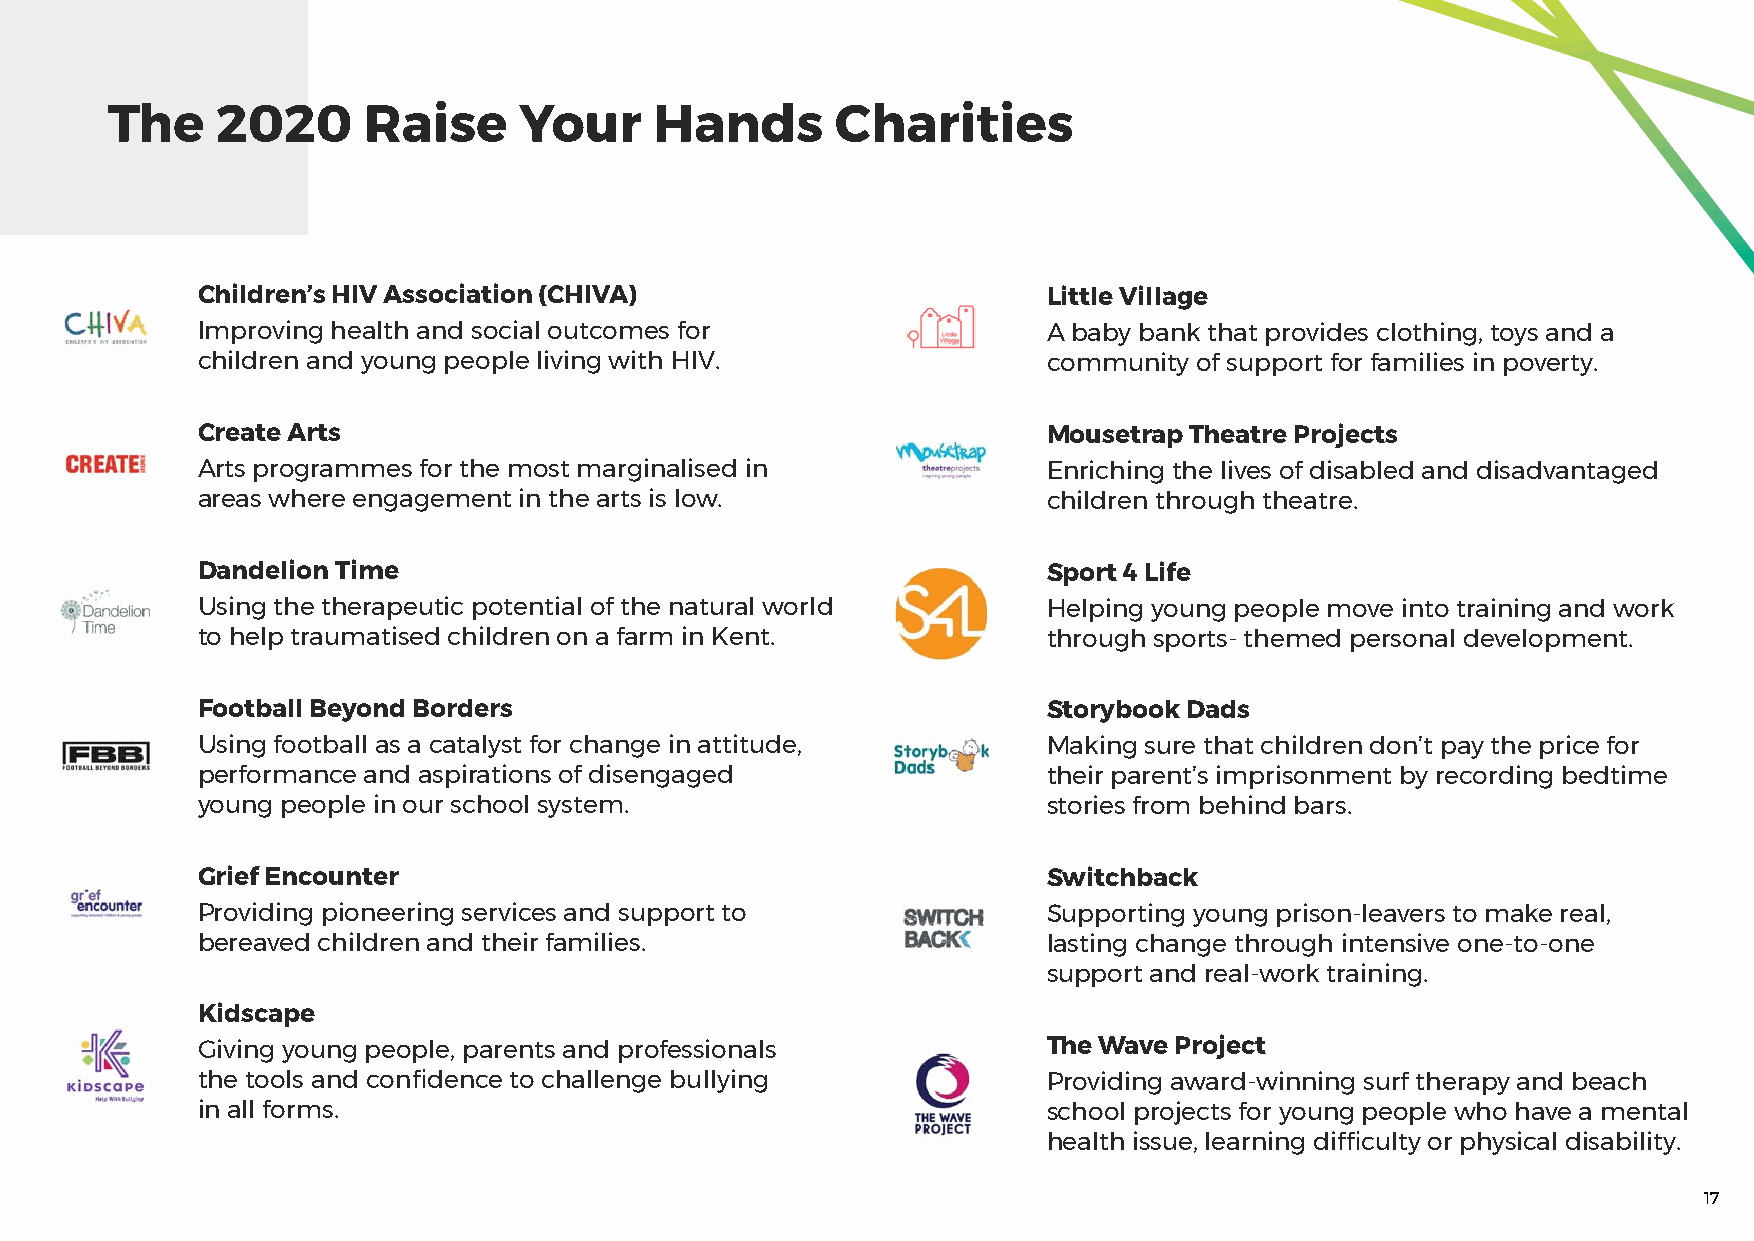
The    2020      Raise     Your     Hands       Charities
 Children’s HIV Association (CHIVA)                      Little Village
 Improving health and social outcomes for                A baby bank that provides clothing, toys and a
 children and young people living with HIV.              community of support for families in poverty.
 Create Arts                                             Mousetrap Theatre Projects
 Arts programmes for the most marginalised in            Enriching the lives of disabled and disadvantaged
 areas where engagement in the arts is low.              children through theatre.
 Dandelion Time                                          Sport 4 Life
 Using the therapeutic potential of the natural world    Helping young people move into training and work
 to help traumatised children on a farm in Kent.         through sports- themed personal development.
 Football Beyond Borders                                 Storybook Dads
 Using football as a catalyst for change in attitude,    Making sure that children don’t pay the price for
 performance and aspirations of disengaged               their parent’s imprisonment by recording bedtime
 young people in our school system.                      stories from behind bars.
 Grief Encounter                                         Switchback
 Providing pioneering services and support to            Supporting young prison-leavers to make real,
 bereaved children and their families.                   lasting change through intensive one-to-one
 support and real-work training.
 Kidscape
 Giving young people, parents and professionals          The Wave Project
 the tools and confidence to challenge bullying          Providing award-winning surf therapy and beach
 in all forms.                                           school projects for young people who have a mental
 health issue, learning difficulty or physical disability.
 17